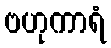
ဗဟုကာရံ